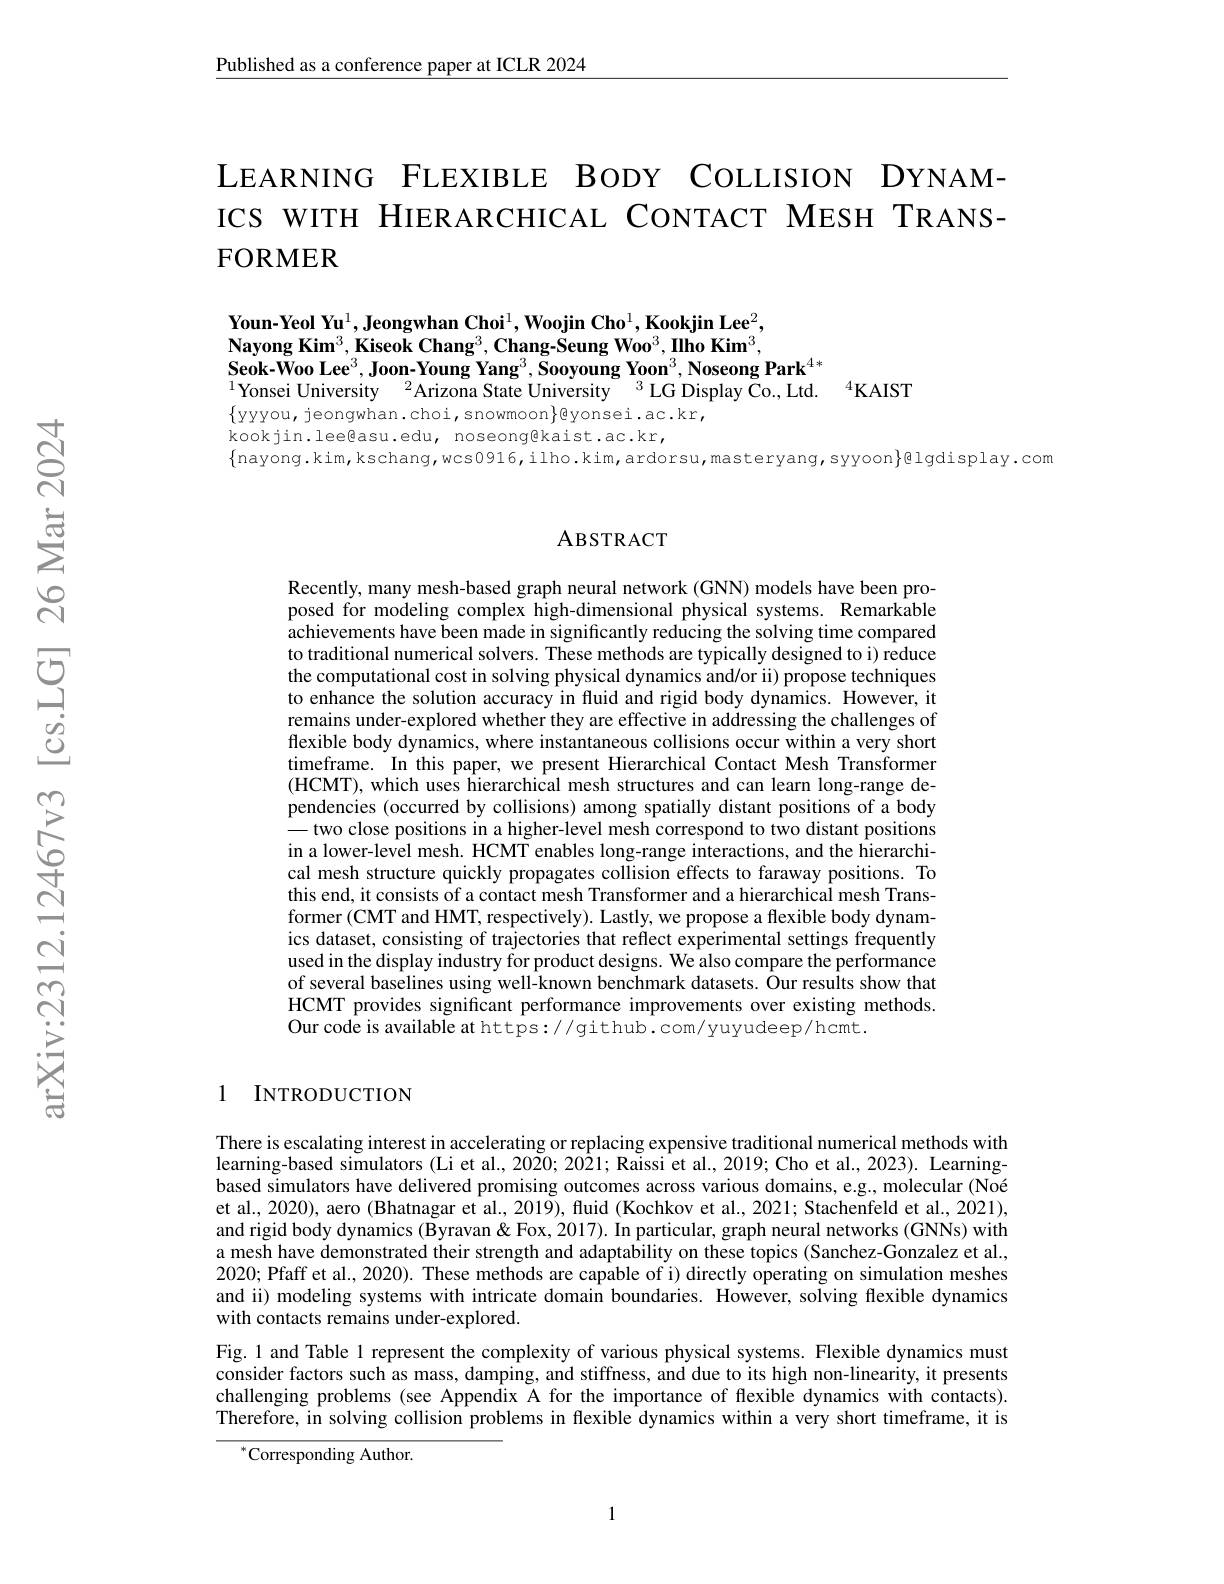
$\underline{\text{Published as a conference paper at ICLR 2024}}$

LEARNING FLEXIBLE BODY COLLISION DYNAMICS WITH HIERARCHICAL CONTACT MESH TRANSFORMER

$\textbf{Youn-Yeol Yu}^{1},\textbf{Jeongwhan Choi}^{1},\textbf{Woojin Cho}^{1},\textbf{Kookjin Lee}^{2}$,

$\textbf{Nayong Kim}^{3},\textbf{Kiseok Chang}^{3},\textbf{Chang-Seung Woo}^{3},\textbf{Ilho Kim}^{3}$,

$\textbf{Seok-Woo Lee}^{3},\textbf{Joon-Young Yang}^{3},\textbf{Sooyoung Yoon}^{3},\textbf{Noseong Park}^{4*}$

$^{1}$Yonsei University$^2$Arizona State University$^3$LG Display Co., Ltd.$^4$KAIST
$\{$yyyou, jeongwhan.choi, snowmoon$\}$@yonsei.ac.kr,
kookjin. lee@asu.edu, noseong@kaist.ac.kr,
$\{$nayong.kim,kschang,wcs0916,ilho.kim,ardorsu,masteryang,syyoon$\}$@lgdisplay.com

### ABSTRACT

Recently, many mesh-based graph neural network (GNN) models have been proposed for modeling complex high-dimensional physical systems. Remarkable achievements have been made in significantly reducing the solving time compared to traditional numerical solvers. These methods are typically designed to i) reduce the computational cost in solving physical dynamics and/or ii) propose techniques to enhance the solution accuracy in fluid and rigid body dynamics. However, it remains under-explored whether they are effective in addressing the challenges of flexible body dynamics, where instantaneous collisions occur within a very short timeframe. In this paper, we present Hierarchical Contact Mesh Transformer (HCMT), which uses hierarchical mesh structures and can learn long-range dependencies (occurred by collisions) among spatially distant positions of a body — two close positions in a higher-level mesh correspond to two distant positions in a lower-level mesh. HCMT enables long-range interactions, and the hierarchical mesh structure quickly propagates collision effects to faraway positions. To this end, it consists of a contact mesh Transformer and a hierarchical mesh Transformer (CMT and HMT, respectively). Lastly, we propose a flexible body dynamics dataset, consisting of trajectories that reflect experimental settings frequently used in the display industry for product designs. We also compare the performance of several baselines using well-known benchmark datasets. Ôur results show that HCMT provides significant performance improvements over existing methods. $\hat{\text{Our code is available at https:}}//\hat{\text{github.com/yuyudeep/hcmt.}}$

### 1 INTRODUCTION

There is escalating interest in accelerating or replacing expensive traditional numerical methods with learning-based simulators (Li et al., 2020; 2021; Raissi et al., 2019; Cho et al., 2023). Learningbased simulators have delivered promising outcomes across various domains, e.g., molecular (Noé et al., 2020), aero (Bhatnagar et al., 2019), fluid (Kochkov et al., 2021; Stachenfeld et al., 2021), and rigid body dynamics (Byravan& Fox, 2017). In particular, graph neural networks (GNNs) with a mesh have demonstrated their strength and adaptability on these topics (Sanchez-Gonzalez et al., 2020; Pfaff et al., 2020). These methods are capable of i) directly operating on simulation meshes and ii) modeling systems with intricate domain boundaries. However, solving flexible dynamics with contacts remains under-explored.
Fig.1 and Table 1 represent the complexity of various physical systems. Flexible dynamics must consider factors such as mass, damping, and stiffness, and due to its high non-linearity, it presents challenging problems (see Appendix A for the importance of flexible dynamics with contacts). Therefore, in solving collision problems in flexible dynamics within a very short timeframe, it is

${}^{*}$Corresponding Author.

1